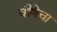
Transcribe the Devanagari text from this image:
वीणेचा